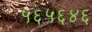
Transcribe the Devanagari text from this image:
५६५६४६